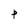
Character: p